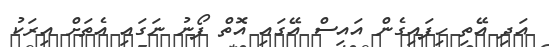
އަދި އޭތި ހިފައިގެން އައިސް އޭގައި އޮތް ފޯނު ނަގައި އެތަށް އިރަކު